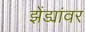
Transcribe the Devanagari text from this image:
झेंड्यांवर